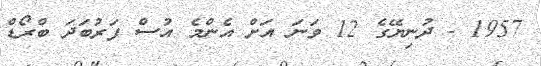
1957 - ދުނިޔޭގެ 12 ވަަނަ އަށް އެންމެ އުސް ފަރުބަދަ ބްރޯޑް